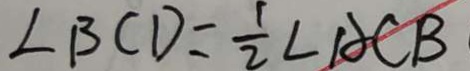
\angle B C D = \frac { 1 } { 2 } \angle A C B